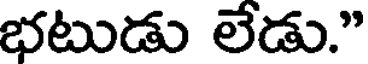
భటుడు లేడు."